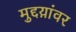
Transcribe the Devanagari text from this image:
मुद्दय़ांवर